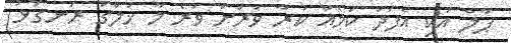
ޕާލް އަކި އެފަދަ ކަމެއް ކުރާ ވަރަށް ވުރެ މާ ޚުލްގު ރަނގަޅު